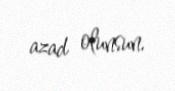
azad olunsun.